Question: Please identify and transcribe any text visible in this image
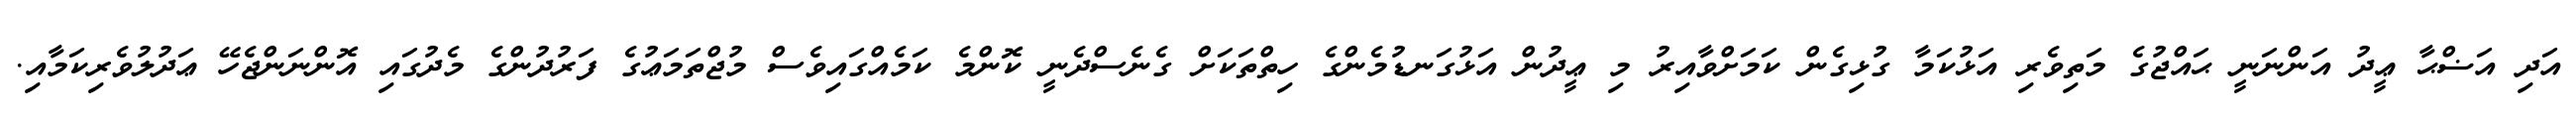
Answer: އަދި އަޟްޙާ ޢީދު އަންނަނީ ޙައްޖުގެ މަތިވެރި އަޅުކަމާ ގުޅިގެން ކަމަށްވާއިރު މި ޢީދުން އަޅުގަނޑުމެންގެ ހިތްތަކަށް ގެނެސްދެނީ ކޮންމެ ކަމެއްގައިވެސް މުޖްތަމަޢުގެ ފަރުދުންގެ މެދުގައި އޮންނަންޖެހޭ ޢަދުލުވެރިކަމާއި.